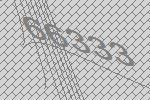
66333